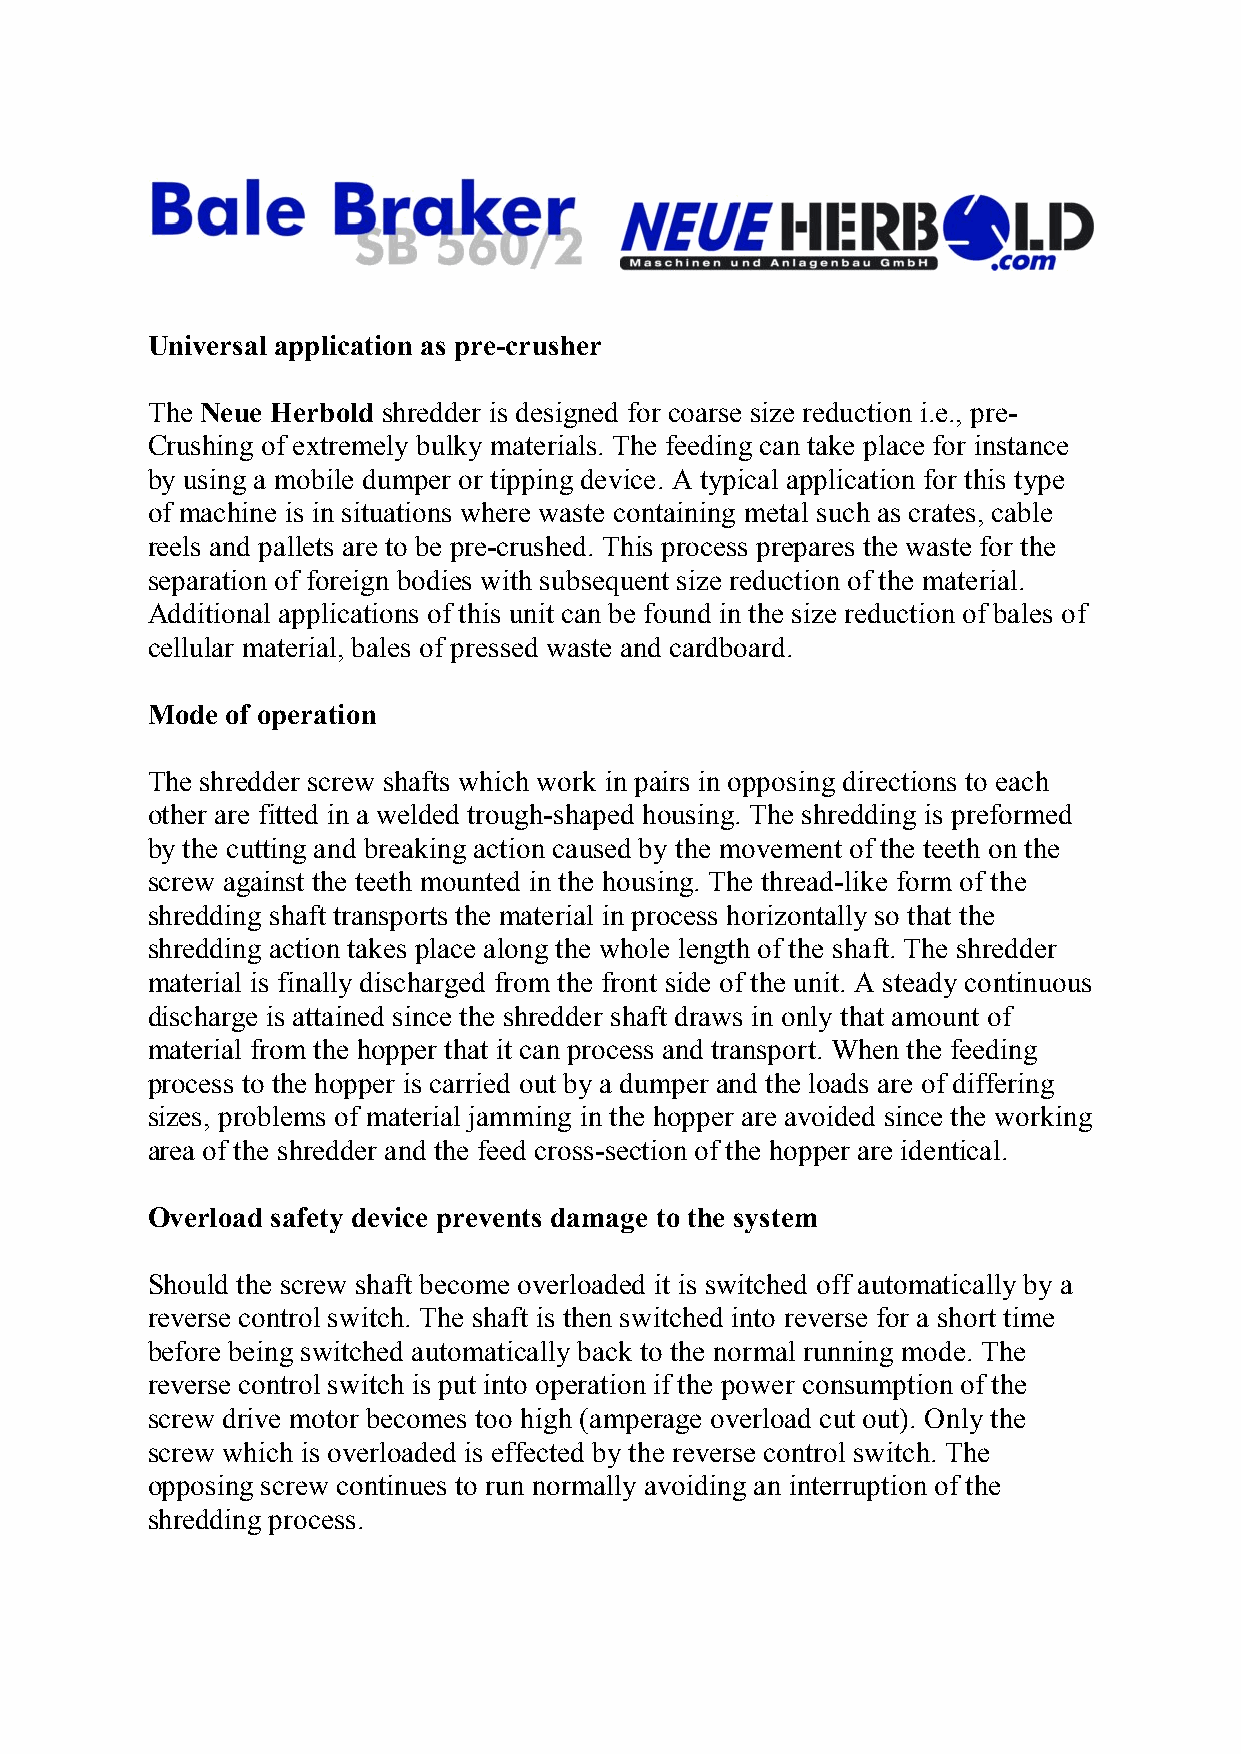
Universal application as pre-crusher
 The Neue Herbold shredder is designed for coarse size reduction i.e., pre-
 Crushing of extremely bulky materials. The feeding can take place for instance
 by using a mobile dumper or tipping device. A typical application for this type
 of machine is in situations where waste containing metal such as crates, cable
 reels and pallets are to be pre-crushed. This process prepares the waste for the
 separation of foreign bodies with subsequent size reduction of the material.
 Additional applications of this unit can be found in the size reduction of bales of
 cellular material, bales of pressed waste and cardboard.
 Mode of operation
 The shredder screw shafts which work in pairs in opposing directions to each
 other are fitted in a welded trough-shaped housing. The shredding is preformed
 by the cutting and breaking action caused by the movement of the teeth on the
 screw against the teeth mounted in the housing. The thread-like form of the
 shredding shaft transports the material in process horizontally so that the
 shredding action takes place along the whole length of the shaft. The shredder
 material is finally discharged from the front side of the unit. A steady continuous
 discharge is attained since the shredder shaft draws in only that amount of
 material from the hopper that it can process and transport. When the feeding
 process to the hopper is carried out by a dumper and the loads are of differing
 sizes, problems of material jamming in the hopper are avoided since the working
 area of the shredder and the feed cross-section of the hopper are identical.
 Overload safety device prevents damage to the system
 Should the screw shaft become overloaded it is switched off automatically by a
 reverse control switch. The shaft is then switched into reverse for a short time
 before being switched automatically back to the normal running mode. The
 reverse control switch is put into operation if the power consumption of the
 screw drive motor becomes too high (amperage overload cut out). Only the
 screw which is overloaded is effected by the reverse control switch. The
 opposing screw continues to run normally avoiding an interruption of the
 shredding process.